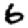
Digit: 6